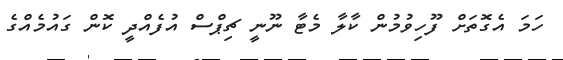
ހަމަ އެގޮތަށް ފޫހިވުމުން ކާލާ މެޓާ ނޫނީ ޗިޕްސް އުފެއްދީ ކޮން ގައުމެއްގެ